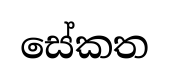
සේකත